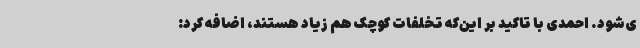
ی‌شود. احمدی با تاکید بر این‌که تخلفات کوچک هم زیاد هستند، اضافه کرد: